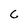
Character: C